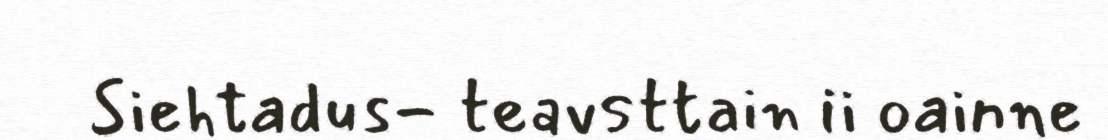
Siehtadus- teavsttain ii oainne